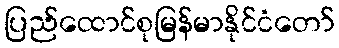
ပြည်ထောင်စုမြန်မာနိုင်ငံတော်